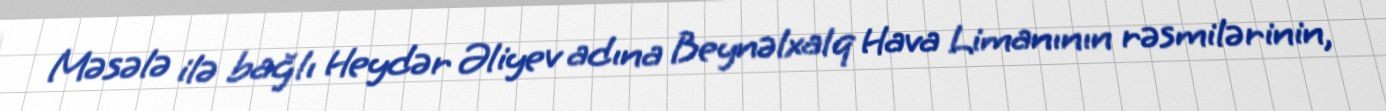
Məsələ ilə bağlı Heydər Əliyev adına Beynəlxalq Hava Limanının rəsmilərinin,